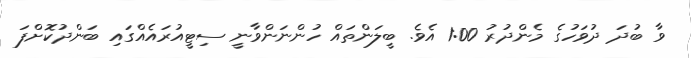
ވާ ބުދަ ދުވަހުގެ މެންދުރު 1:00 އެވެ. ބީލަންތައް ހުންނަންވާނީ ސިޓީއުރައެއްގައި ބަންދުކޮށްފަ